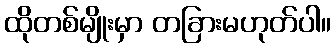
ထိုတစ်မျိုးမှာ တခြားမဟုတ်ပါ။